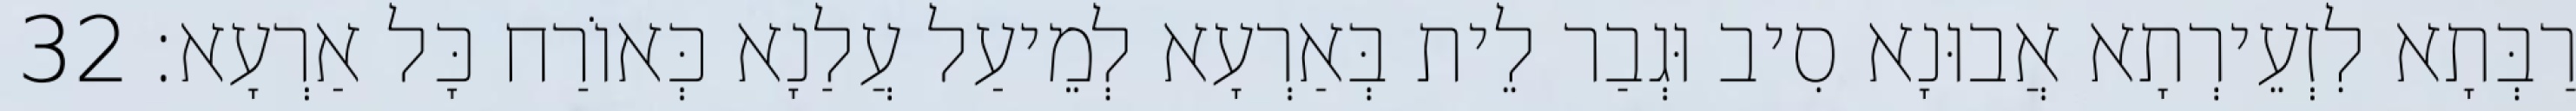
רַבְּתָא לִזְעֵירְתָא אֲבוּנָא סִיב וּגְבַר לֵית בְּאַרְעָא לְמֵיעַל עֲלַנָא כְּאוֹרַח כָּל אַרְעָא׃ 32